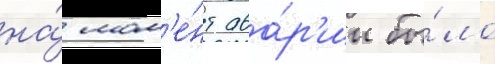
на́ мом'е́нт ава́р'ии бы́ло